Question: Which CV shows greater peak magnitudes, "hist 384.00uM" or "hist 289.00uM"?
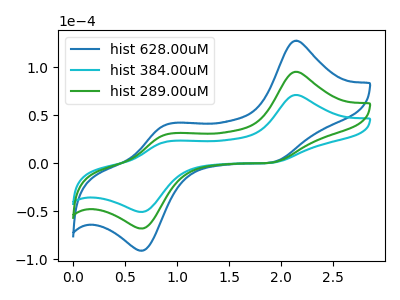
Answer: <think>The blue curve "hist 628.00uM" has anodic peaks at (2.15V, 190.35uA) (0.90V, 60.35uA) and cathodic peaks at (1.90V, 0.95uA) (0.65V, -135.95uA). The cyan curve "hist 384.00uM" has anodic peaks at (2.15V, 71.05uA) (0.90V, 22.55uA) and cathodic peaks at (1.90V, 0.35uA) (0.65V, -50.75uA). The green curve "hist 289.00uM" has anodic peaks at (2.15V, 95.20uA) (0.90V, 30.20uA) and cathodic peaks at (1.90V, 0.45uA) (0.65V, -68.00uA).</think>
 <answer>The peaks in "hist 384.00uM" are neither all higher or all lower than the peaks in "hist 289.00uM".</answer>
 <eval>mixed</eval>